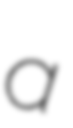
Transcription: a